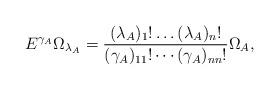
LaTeX: \begin{align*}E^{\gamma_A}\Omega_{\lambda_A} = \frac{(\lambda_A)_1!\dots(\lambda_A)_n!}{(\gamma_A)_{11}!\cdots (\gamma_A)_{nn}!}\Omega_A,\end{align*}